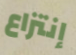
إنتزاع